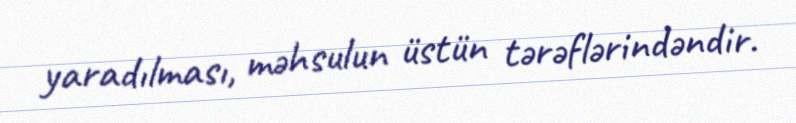
yaradılması, məhsulun üstün tərəflərindəndir.